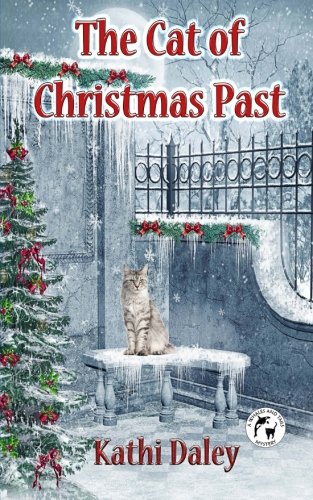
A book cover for The Cat of Christmas Past (Whales and Tails Mystery) (Volume 6); Kathi Daley; Mystery, Thriller & Suspense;